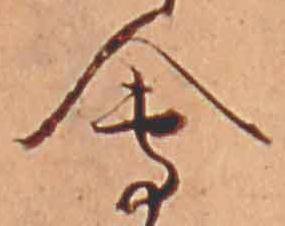
会